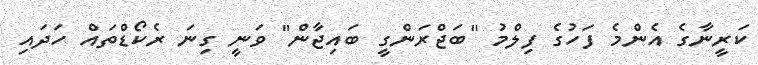
ކަރީނާގެ އެންމެ ފަހުގެ ފިލްމު "ބަޖްރަންގީ ބައިޖާން" ވަނީ ގިނަ ރެކޯޑްތައް ހަދައި